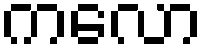
ကလော